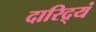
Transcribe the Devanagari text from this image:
दारिद्र्यं